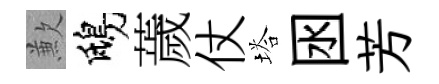
歉鴟薉仗塔囦芳